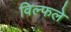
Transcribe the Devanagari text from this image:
विल्फले